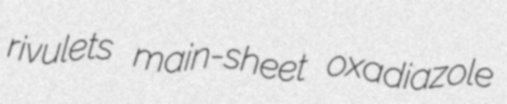
rivulets main-sheet oxadiazole